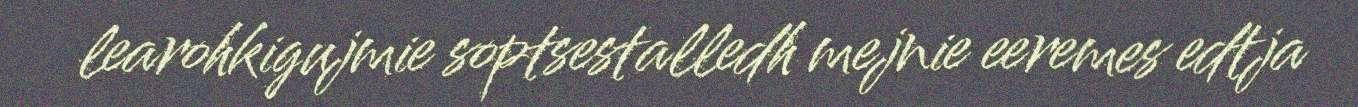
learohkigujmie soptsestalledh mejnie eeremes edtja